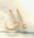
إلى